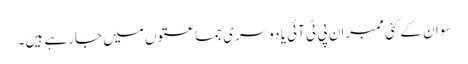
سوان کے کئی ممبران پی ٹی آئی یا دوسری جماعتوں میں جارہے ہیں۔